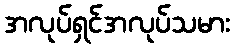
အလုပ်ရှင်အလုပ်သမား